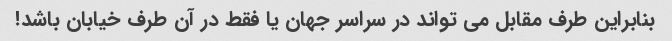
بنابراین طرف مقابل می تواند در سراسر جهان یا فقط در آن طرف خیابان باشد!